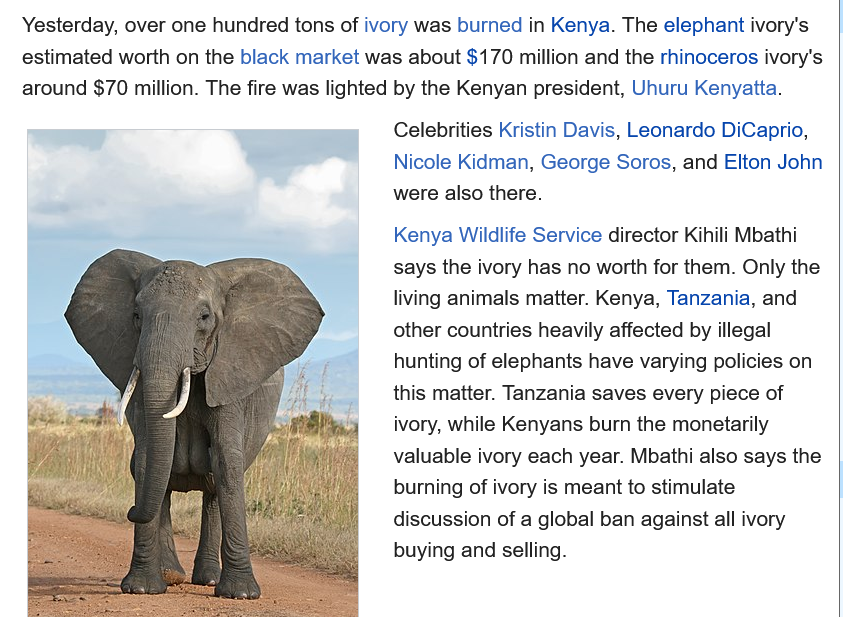
Yesterday, over one hundred tons of ivory was burned in Kenya. The elephant ivory's
   estimated worth on the black market was about $170 million and the rhinoceros ivory's
   around $70 million. The fire was lighted by the Kenyan president, Uhuru Kenyatta.
     Celebrities Kristin Davis, Leonardo DiCaprio,
     Nicole Kidman, George Soros, and Elton John
     were also there.
     Kenya Wildlife Service director Kihili Mbathi
     says the ivory has no worth for them. Only the
     living animals matter. Kenya, Tanzania, and
     other countries heavily affected by illegal
     hunting of elephants have varying policies on
     this matter. Tanzania saves every piece of
     ivory, while Kenyans burn the monetarily
     valuable ivory each year. Mbathi also says the
     burning of ivory is meant to stimulate
     discussion of a global ban against all ivory
     buying and selling.